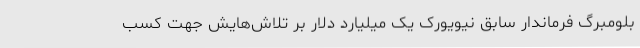
بلومبرگ فرماندار سابق نیویورک یک میلیارد دلار بر تلاش‌هایش جهت کسب